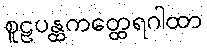
စူဠပန္ထကတ္ထေရဂါထာ